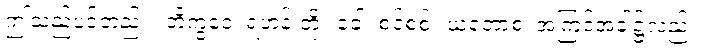
ဤသည်ပင်တည်း။ ဘိက္ခဝေ၊ ရဟန်းတို့။ ခေါ၊ စင်စစ်။ ယတောစ၊ အကြင်အခါ၌လည်း။